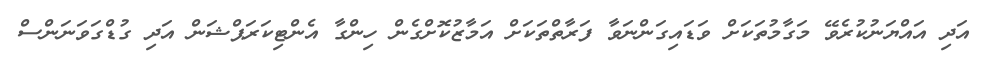
އަދި އައްޔަނުކުރެވޭ މަގާމުތަކަށް ވަޑައިގަންނަވާ ފަރާތްތަކަށް އަމާޒުކޮށްގެން ހިންގާ އެންޓިކަރަޕްޝަން އަދި ގުޑްގަވަނަންސް